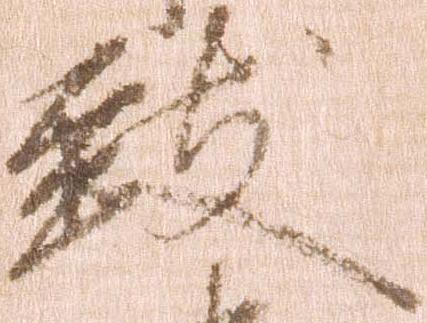
致